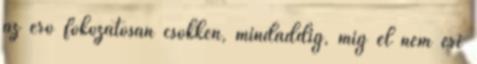
az erő fokozatosan csökken, mindaddig, míg el nem éri